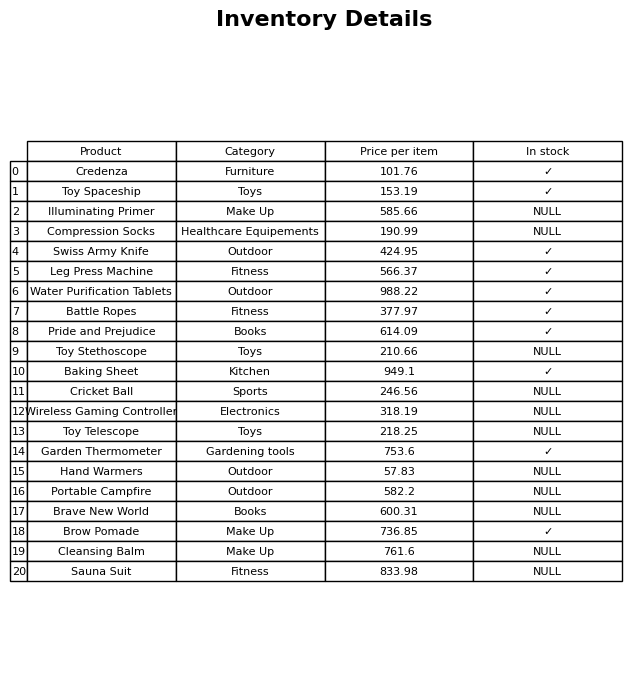
question: What is the stock status of the Garden Thermometer?
answer: ✓